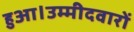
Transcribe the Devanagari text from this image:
हुआ।उम्मीदवारों